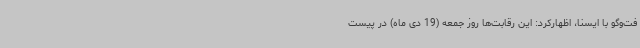
فت‌وگو با ایسنا، اظهارکرد: این رقابت‌ها روز جمعه (19 دی ماه) در پیست